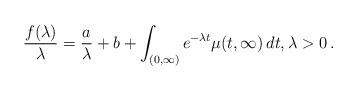
LaTeX: \begin{align*}\frac{f(\lambda)}{\lambda}=\frac{a}{\lambda}+b+\int_{(0,\infty)}e^{-\lambda t}\mu(t,\infty)\,dt,\lambda>0\,.\end{align*}